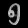
Digit: ၅